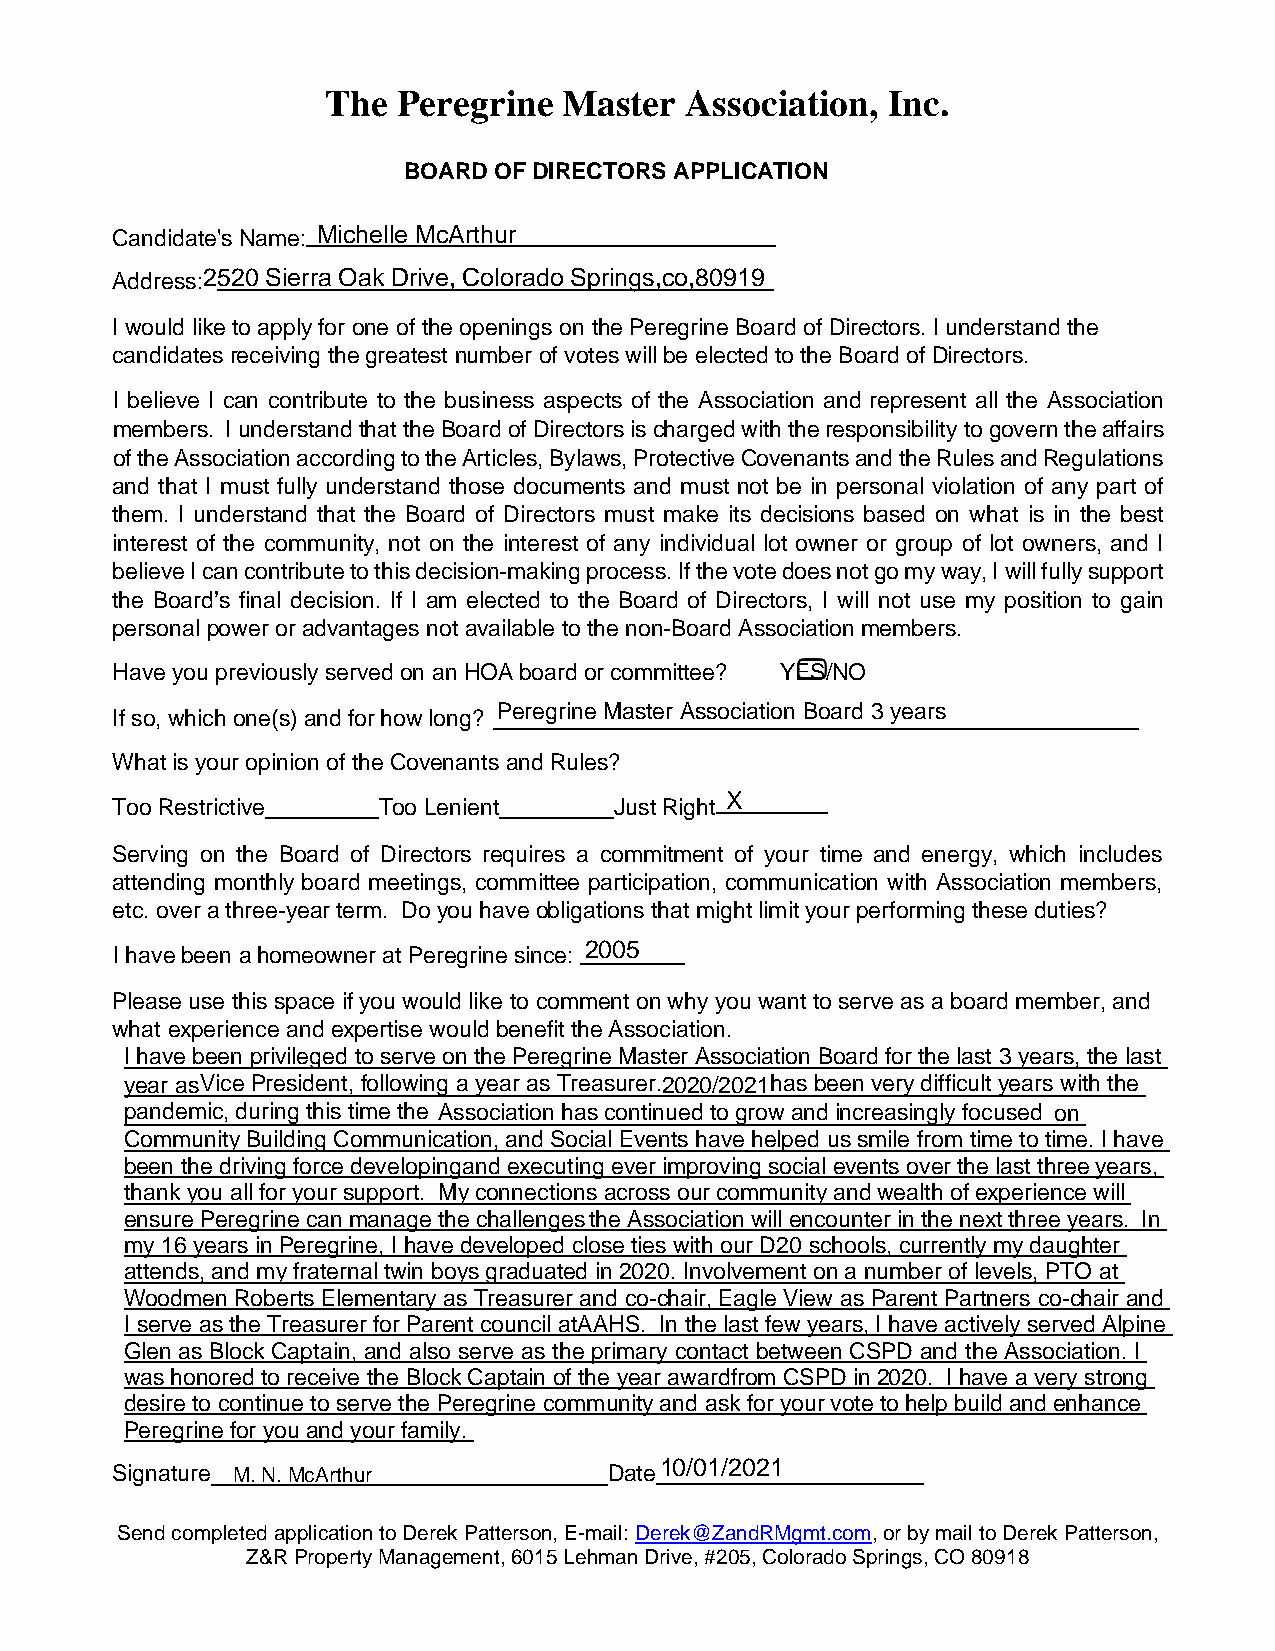
The Peregrine  Master  Association,  Inc.
 BOARD OF DIRECTORS APPLICATION
 Candidate's Name: Michelle McArthur
 Address:2520 Sierra Oak Drive, Colorado Springs,co,80919
 I would like to apply for one of the openings on the Peregrine Board of Directors. I understand the
 candidates receiving the greatest number of votes will be elected to the Board of Directors.
 I believe I can contribute to the business aspects of the Association and represent all the Association
 members. I understand that the Board of Directors is charged with the responsibility to govern the affairs
 of the Association according to the Articles, Bylaws, Protective Covenants and the Rules and Regulations
 and that I must fully understand those documents and must not be in personal violation of any part of
 them. I understand that the Board of Directors must make its decisions based on what is in the best
 interest of the community, not on the interest of any individual lot owner or group of lot owners, and I
 believe I can contribute to this decision-making process. If the vote does not go my way, I will fully support
 the Board’s final decision. If I am elected to the Board of Directors, I will not use my position to gain
 personal power or advantages not available to the non-Board Association members.
 Have you previously served on an HOA board or committee? YES/NO
 Peregrine Master Association Board 3 years
 If so, which one(s) and for how long?
 What is your opinion of the Covenants and Rules?
 Too Restrictive   Too Lenient     Just Right
 X
 Serving on the Board of Directors requires a commitment of your time and energy, which includes
 attending monthly board meetings, committee participation, communication with Association members,
 etc. over a three-year term. Do you have obligations that might limit your performing these duties?
 I have been a homeowner at Peregrine since: 2005
 Please use this space if you would like to comment on why you want to serve as a board member, and
 what experience and expertise would benefit the Association.
 I have been privileged to serve on the Peregrine Master Association Board for the last 3 years, the last
 year as Vice President, following a year as Treasurer.2020/2021has been very difficult years with the
 pandemic, during this time the Association has continued to grow and increasingly focused on
 Community Building Communication, and Social Events have helped us smile from time to time. I have
 been the driving force developing and executing ever improving social events over the last three years,
 thank you all for your support. My connections across our community and wealth of experience will
 ensure Peregrine can manage the challenges the Association will encounter in the next three years. In
 my 16 years in Peregrine, I have developed close ties with our D20 schools, currently my daughter
 attends, and my fraternal twin boys graduated in 2020. Involvement on a number of levels, PTO at
 Woodmen Roberts Elementary as Treasurer and co-chair, Eagle View as Parent Partners co-chair and
 I serve as the Treasurer for Parent council at AAHS. In the last few years, I have actively served Alpine
 Glen as Block Captain, and also serve as the primary contact between CSPD and the Association. I
 was honored to receive the Block Captain of the year award from CSPD in 2020. I have a very strong
 desire to continue to serve the Peregrine community and ask for your vote to help build and enhance
 Peregrine for you and your family.
 Signature M. N. McArthur         Date
 10/01/2021
 Send completed application to Derek Patterson, E-mail: Derek@ZandRMgmt.com, or by mail to Derek Patterson,
 Z&R Property Management, 6015 Lehman Drive, #205, Colorado Springs, CO 80918